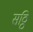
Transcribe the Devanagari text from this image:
सठ्ठि